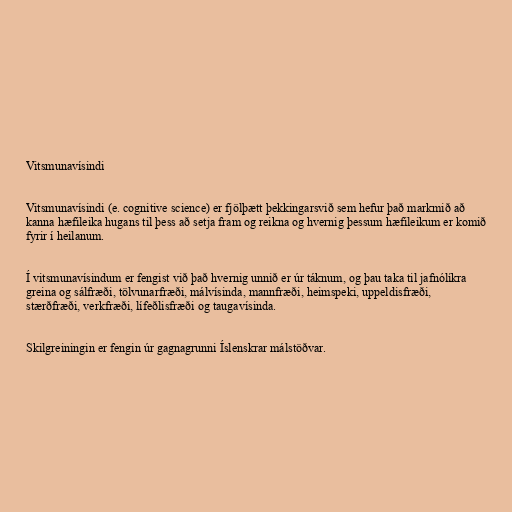
Vitsmunavísindi

Vitsmunavísindi (e. cognitive science) er fjölþætt þekkingarsvið sem hefur það markmið að
kanna hæfileika hugans til þess að setja fram og reikna og hvernig þessum hæfileikum er komið
fyrir í heilanum.

Í vitsmunavísindum er fengist við það hvernig unnið er úr táknum, og þau taka til jafnólíkra
greina og sálfræði, tölvunarfræði, málvísinda, mannfræði, heimspeki, uppeldisfræði,
stærðfræði, verkfræði, lífeðlisfræði og taugavísinda.

Skilgreiningin er fengin úr gagnagrunni Íslenskrar málstöðvar.